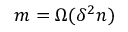
m = \Omega ( \delta ^ { 2 } n )